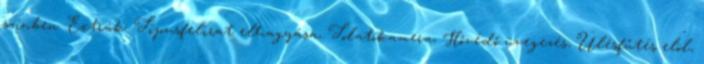
színben. Extrák: Típusfelirat elhagyása, Tolatókamera, Hővédő üvegezés, Ülésfűtés elöl,